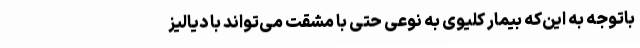
باتوجه به این‌که بیمار کلیوی به نوعی حتی با مشقت می‌تواند با دیالیز